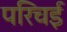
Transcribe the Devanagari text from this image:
परिचई